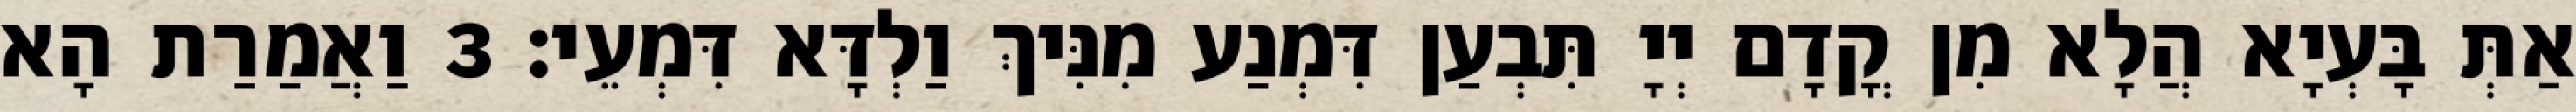
אַתְּ בָּעְיָא הֲלָא מִן קֳדָם יְיָ תִּבְעַן דִּמְנַע מִנִּיךְ וַלְדָּא דִּמְעֵי׃ 3 וַאֲמַרַת הָא